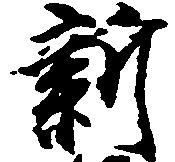
新